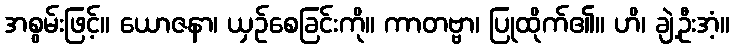
အစွမ်းဖြင့်။ ယောဇနာ၊ ယှဉ်စေခြင်းကို။ ကာတဗ္ဗာ၊ ပြုထိုက်၏။ ဟိ၊ ချဲ့ဦးအံ့။